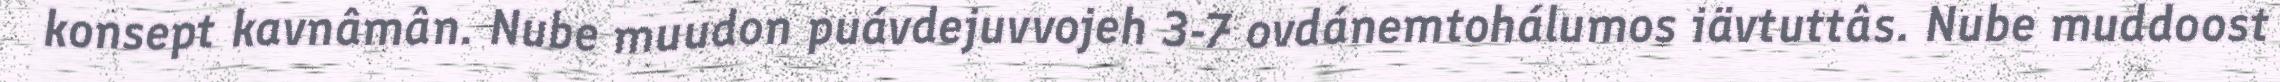
konsept kavnâmân. Nube muudon puávdejuvvojeh 3-7 ovdánemtohálumos iävtuttâs. Nube muddoost